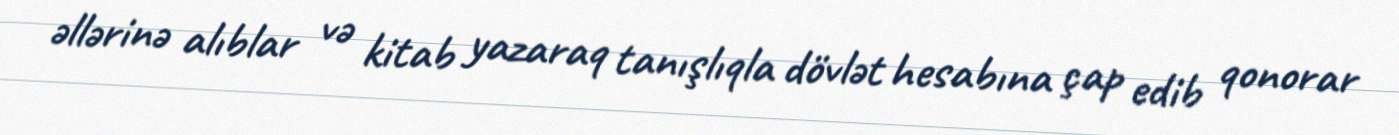
əllərinə alıblar və kitab yazaraq tanışlıqla dövlət hesabına çap edib qonorar